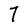
Character: 7